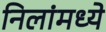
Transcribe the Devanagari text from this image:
निलांमध्ये